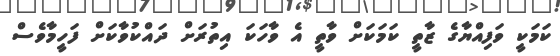
ކަމަކީ ވަފިއްޔާގެ ޒާތީ ކަމަކަށް ވާތީ އެ ވާހަކަ އިތުރަށް ދައްކުވާކަށް ފަހީމާވެސް